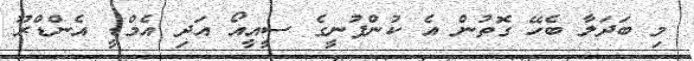
މި ބަދަލާ ބެހޭ ގޮތުން އެ ކުންފުނީގެ ސީއީއޯ އަދި އެމްޑީ އެންޑްރޫ